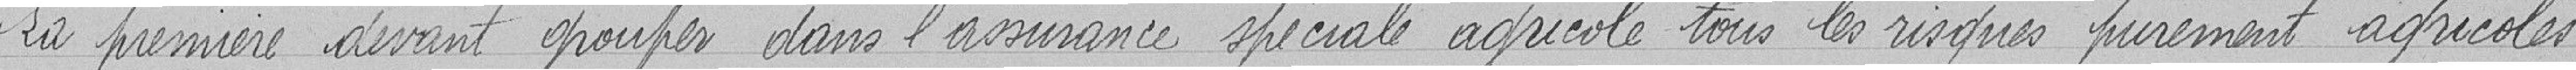
La première devant grouper dans l'assurance spéciale agricole tous les risques purement agricoles,